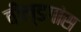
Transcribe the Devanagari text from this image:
वील्डगांस